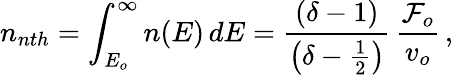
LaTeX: n_{nth}=\int_{E_{o}}^{\infty}n(E)\, dE=\frac{(\delta-1)}{\left(\delta-\frac{1}{2}\right)}\, \frac{{\cal F}_{o}}{v_{o}}\, ,